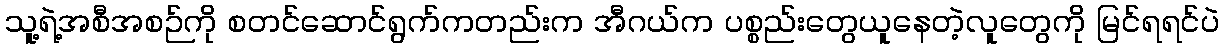
သူ့ရဲ့အစီအစဉ်ကို စတင်ဆောင်ရွက်ကတည်းက အီဂယ်က ပစ္စည်းတွေယူနေတဲ့လူတွေကို မြင်ရရင်ပဲ